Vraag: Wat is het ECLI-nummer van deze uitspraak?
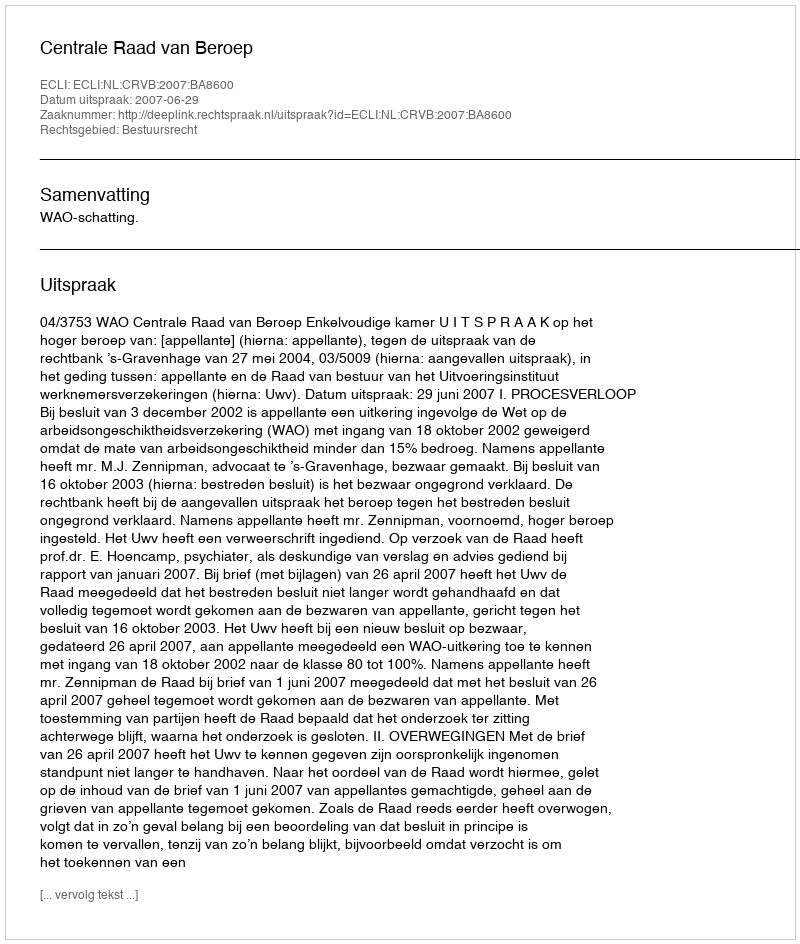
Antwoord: ECLI:NL:CRVB:2007:BA8600